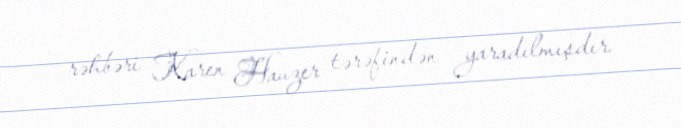
rəhbəri Karen Hauzer tərəfindən yaradılmışdır.